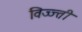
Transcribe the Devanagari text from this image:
विज्ज्ती